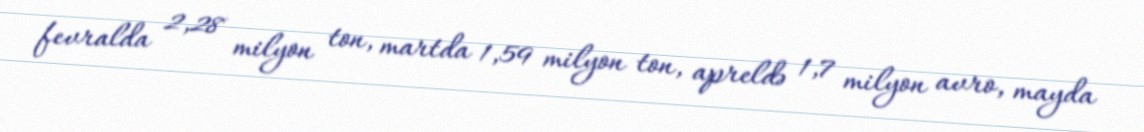
fevralda 2,28 milyon ton, martda 1,59 milyon ton, apreldə 1,7 milyon avro, mayda